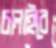
চালাইবে